Indian journal of veterinary science and animal husbandry - Volumes 15-17, 1948-1951
Year: 1948
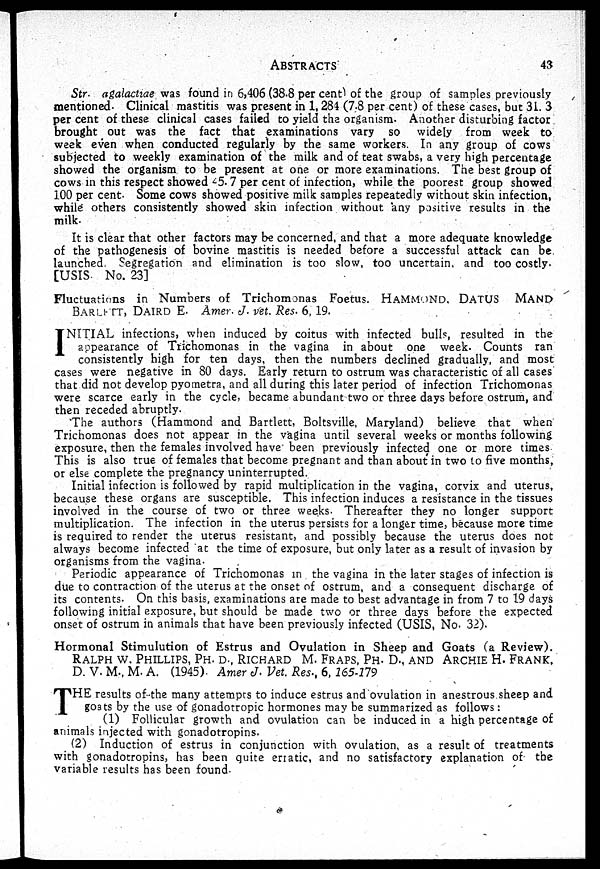
ABSTRACTS
43
Str. agalactiae was found in 6,406 (38.8 per cent) of the group of samples previously
mentioned. Clinical mastitis was present in 1, 284 (7.8 per cent) of these cases, but 31. 3
per cent of these clinical cases failed to yield the organism. Another disturbing factor
brought out was the fact that examinations vary so widely from week to
week even when conducted regularly by the same workers. In any group of cows
subjected to weekly examination of the milk and of teat swabs, a very high percentage
showed the organism to be present at one or more examinations. The best group of
cows in this respect showed 45.7 per cent of infection, while the poorest group showed
100 per cent. Some cows showed positive milk samples repeatedly without skin infection,
while others consistently showed skin infection without any positive results in the
milk.
It is clear that other factors may be concerned, and that a more adequate knowledge
of the pathogenesis of bovine mastitis is needed before a successful attack can be
launched. Segregation and elimination is too slow, too uncertain, and too costly.
[USIS No. 23]
Fluctuations in Numbers of Trichomonas Foetus. HAMMOND, DATUS MAND
BARLETT, DAIRD E. Amer. J. vet. Res. 6, 19.
I NITIAL infections, when induced by coitus with infected bulls, resulted in the
appearance of Trichomonas in the vagina in about one week. Counts ran
consistently high for ten days, then the numbers declined gradually, and most
cases were negative in 80 days. Early return to ostrum was characteristic of all cases
that did not develop pyometra, and all during this later period of infection Trichomonas
were scarce early in the cycle, became abundant two or three days before ostrum, and
then receded abruptly.
The authors (Hammond and Bartlett, Boltsville, Maryland) believe that when
Trichomonas does not appear in the vagina until several weeks or months following
exposure, then the females involved have been previously infected one or more times.
This is also true of females that become pregnant and than about in two to five months,
or else complete the pregnancy uninterrupted.
Initial infection is followed by rapid multiplication in the vagina, corvix and uterus,
because these organs are susceptible. This infection induces a resistance in the tissues
involved in the course of two or three weeks. Thereafter they no longer support
multiplication. The infection in the uterus persists for a longer time, because more time
is required to render the uterus resistant, and possibly because the uterus does not
always become infected at the time of exposure, but only later as a result of invasion by
organisms from the vagina.
Periodic appearance of Trichomonas in the vagina in the later stages of infection is
due to contraction of the uterus at the onset of ostrum, and a consequent discharge of
its contents. On this basis, examinations are made to best advantage in from 7 to 19 days
following initial exposure, but should be made two or three days before the expected
onset of ostrum in animals that have been previously infected (USIS, No. 32).
Hormonal Stimulution of Estrus and Ovulation in Sheep and Goats (a Review).
RALPH W. PHILLIPS, PH. D., RICHARD M. FRAPS, PH. D., AND ARCHIE H. FRANK,
D. V. M., M. A. (1945). Amer J. Vet. Res., 6, 165-179
T HE results of the many attempts to induce estrus and ovulation in anestrous sheep and
goats by the use of gonadotropic hormones may be summarized as follows:
(1) Follicular growth and ovulation can be induced in a high percentage of
animals injected with gonadotropins.
(2) Induction of estrus in conjunction with ovulation, as a result of treatments
with gonadotropins, has been quite erratic, and no satisfactory explanation of the
variable results has been found.